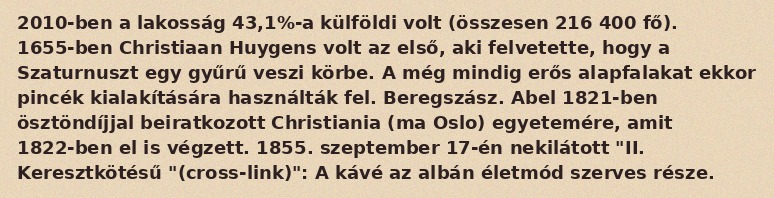
2010-ben a lakosság 43,1%-a külföldi volt (összesen 216 400 fő). 1655-ben Christiaan Huygens volt az első, aki felvetette, hogy a Szaturnuszt egy gyűrű veszi körbe. A még mindig erős alapfalakat ekkor pincék kialakítására használták fel. Beregszász. Abel 1821-ben ösztöndíjjal beiratkozott Christiania (ma Oslo) egyetemére, amit 1822-ben el is végzett. 1855. szeptember 17-én nekilátott "II. Keresztkötésű "(cross-link)": A kávé az albán életmód szerves része.